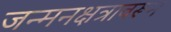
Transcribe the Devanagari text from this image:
जन्मनक्षत्रावरून